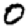
Digit: 0